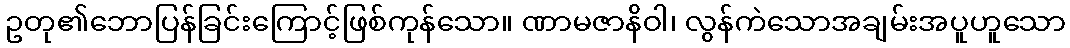
ဥတု၏ဘောပြန်ခြင်းကြောင့်ဖြစ်ကုန်သော။ ဏာမဇာနိဝါ၊ လွန်ကဲသောအချမ်းအပူဟူသော